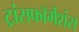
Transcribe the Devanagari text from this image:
ट्रांसफॉर्मेशंस